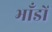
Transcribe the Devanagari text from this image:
भाँडों